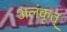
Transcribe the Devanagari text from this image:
अलंकृत्‌